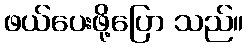
ဖယ်ပေးဖို့ပြော သည်။